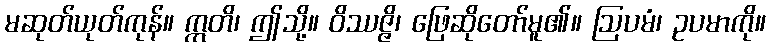
မဆုတ်ယုတ်ကုန်။ ဣတိ၊ ဤသို့။ ဝိဿဇ္ဇိ၊ ဖြေဆိုတော်မူ၏။ ဩပမံ၊ ဥပမာကို။